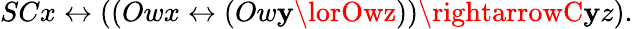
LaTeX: SCx\leftrightarrow((Owx\leftrightarrow(Ow\mathbf{y}\lorOwz))\rightarrowC\mathbf{y}z).